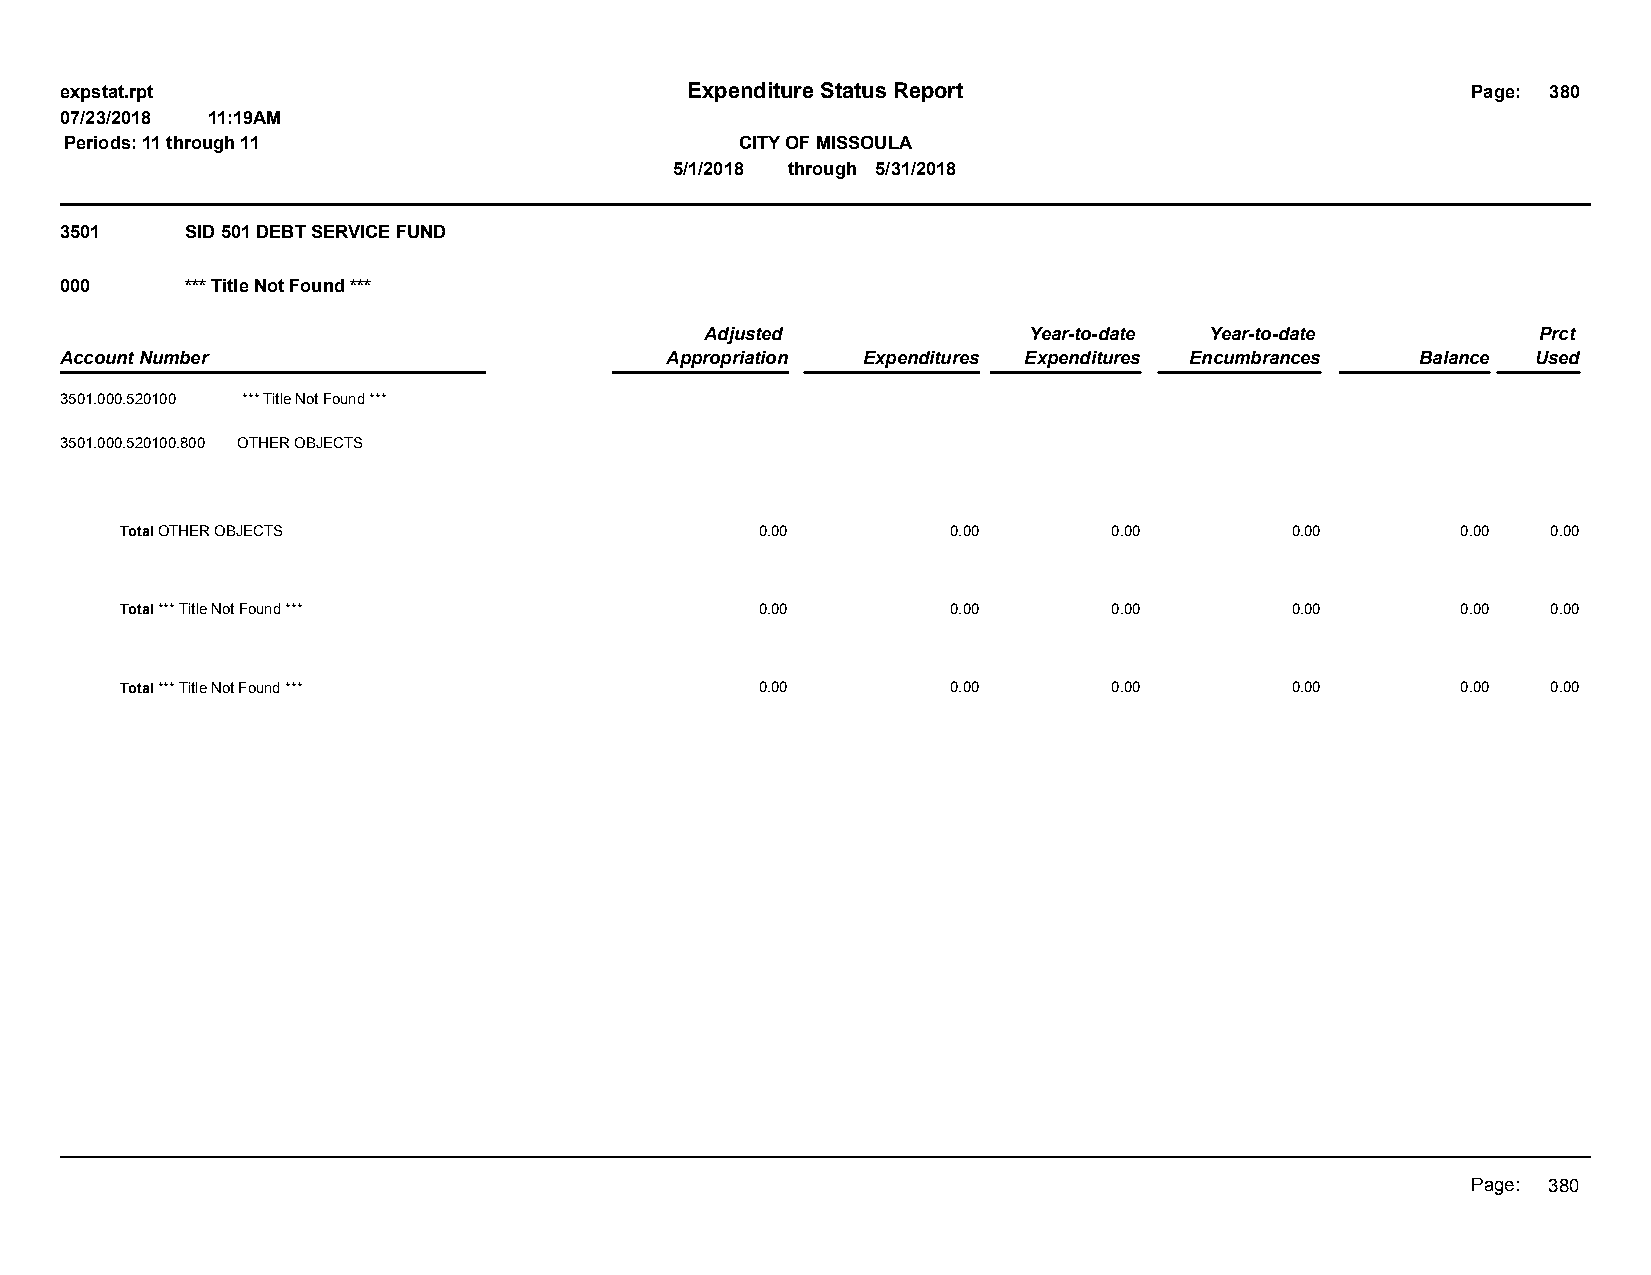
expstat.rpt                              Expenditure Status Report                           Page: 380
 07/23/2018 11:19AM
 Periods: 11 through 11                       CITY OF MISSOULA
 5/1/2018 through 5/31/2018
 3501    SID 501 DEBT SERVICE FUND
 000     *** Title Not Found ***
 Adjusted             Year-to-date Year-to-date         Prct
 Account Number                          Appropriation Expenditures Expenditures Encumbrances Balance Used
 3501.000.520100 *** Title Not Found ***
 3501.000.520100.800 OTHER OBJECTS
 Total OTHER OBJECTS                       0.00         0.00       0.00       0.00        0.00  0.00
 Total *** Title Not Found ***             0.00         0.00       0.00       0.00        0.00  0.00
 Total *** Title Not Found ***             0.00         0.00       0.00       0.00        0.00  0.00
 Page: 380